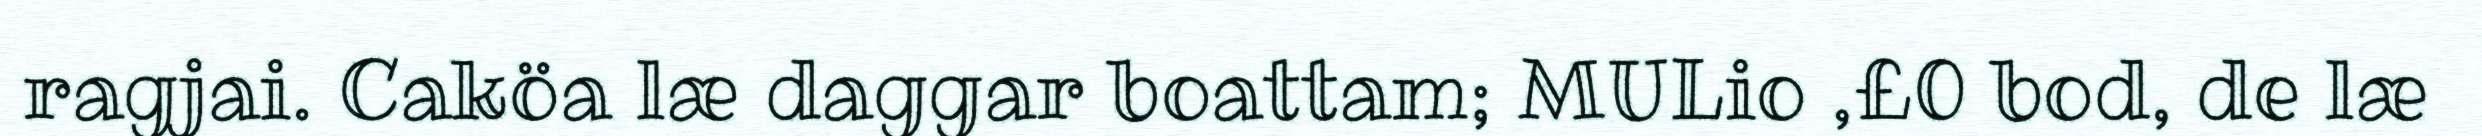
ragjai. Caköa læ daggar boattam; MULio ,£0 bod, de læ